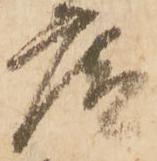
庵